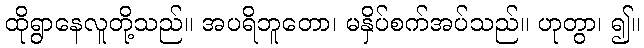
ထိုရွာနေလူတို့သည်။ အပရိဘူတော၊ မနှိပ်စက်အပ်သည်။ ဟုတွာ၊ ၍။